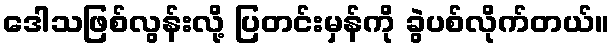
ဒေါသဖြစ်လွန်းလို့ ပြတင်းမှန်ကို ခွဲပစ်လိုက်တယ်။